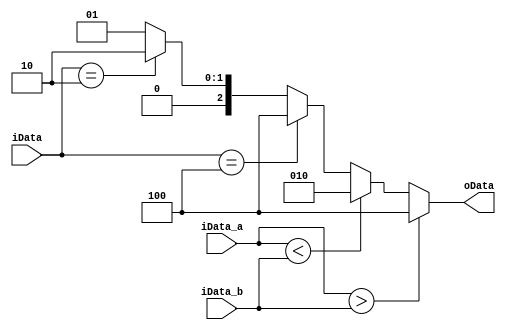
`timescale 1ns / 1ps
//////////////////////////////////////////////////////////////////////////////////
// Company: 
// Engineer: 
// 
// Design Name: 
// Module Name: DataCompare4
// Project Name: 
// Target Devices: 
// Tool Versions: 
// Description: 
// 
// Dependencies: 
// 
// Revision:
// Revision 0.01 - File Created
// Additional Comments:
// 
//////////////////////////////////////////////////////////////////////////////////


module DataCompare4
(
    input [3:0] iData_a,
    input [3:0] iData_b,
    input [2:0] iData,
    output reg [2:0] oData
);

always @(iData_a or iData_b or iData)
    begin
    if(iData_a>iData_b)
        oData=3'b100;
    else if(iData_a<iData_b)
        oData=3'b010;
    else
        begin
        if(iData==3'b100)
            oData=3'b100;
        else if(iData==3'b010)
            oData=3'b010;  
        else 
            oData=3'b001;        
        end
    end
endmodule